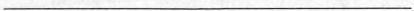
___